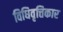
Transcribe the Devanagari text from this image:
विधिवृत्तिकार